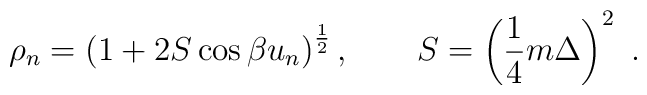
\rho_n = \left( 1 + 2S\cos\beta u_n \right)^{1\over2}, \qquad  S=\left({1\over4}m\Delta\right)^2\ .